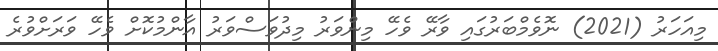
މިއަހަރު (2021) ނޮވެމްބަރުގައި ވާރޭ ވެހޭ މިންވަރު މިދުވަސްވަރު އާންމުކޮށް ވެހޭ ވަރަށްވުރެ